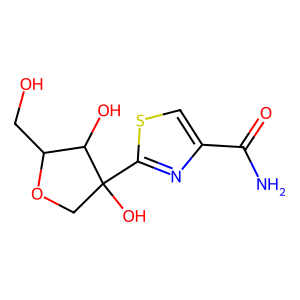
SMILES: NC(=O)c1csc(C2(O)COC(CO)C2O)n1
Inhibits HIV replication: No